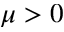
\mu > 0